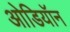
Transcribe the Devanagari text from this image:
ओडियॉन